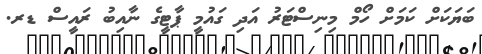
ބަޔަކަށް ކަމަށް ހޯމް މިނިސްޓަރު އަދި ގައުމީ ޕާޓީގެ ނާއިބު ރައީސް ޑރ.